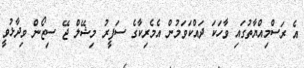
އެ ރަސްމިއްޔާތުގައި ވާހަކަ ދައްކަވަމުން އެމެރިކާގެ ސަފީރު މިޝޭލް ޖޭ ސިޒޯން ވިދާޅުވީ